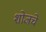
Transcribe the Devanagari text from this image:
शोजचे